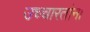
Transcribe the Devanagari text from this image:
उच्चारतांना